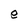
Character: e